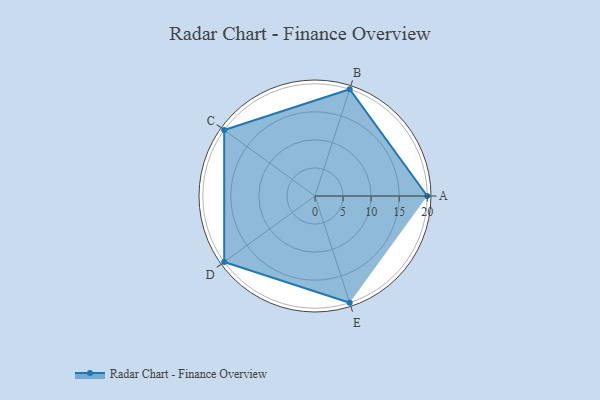
{"axis": {"x": "Skill", "y": "Score"}, "legend": ["Profile"], "data": [{"x": "A", "y": 20, "type": "Profile"}, {"x": "B", "y": 20, "type": "Profile"}, {"x": "C", "y": 20, "type": "Profile"}, {"x": "D", "y": 20, "type": "Profile"}, {"x": "E", "y": 20, "type": "Profile"}]}